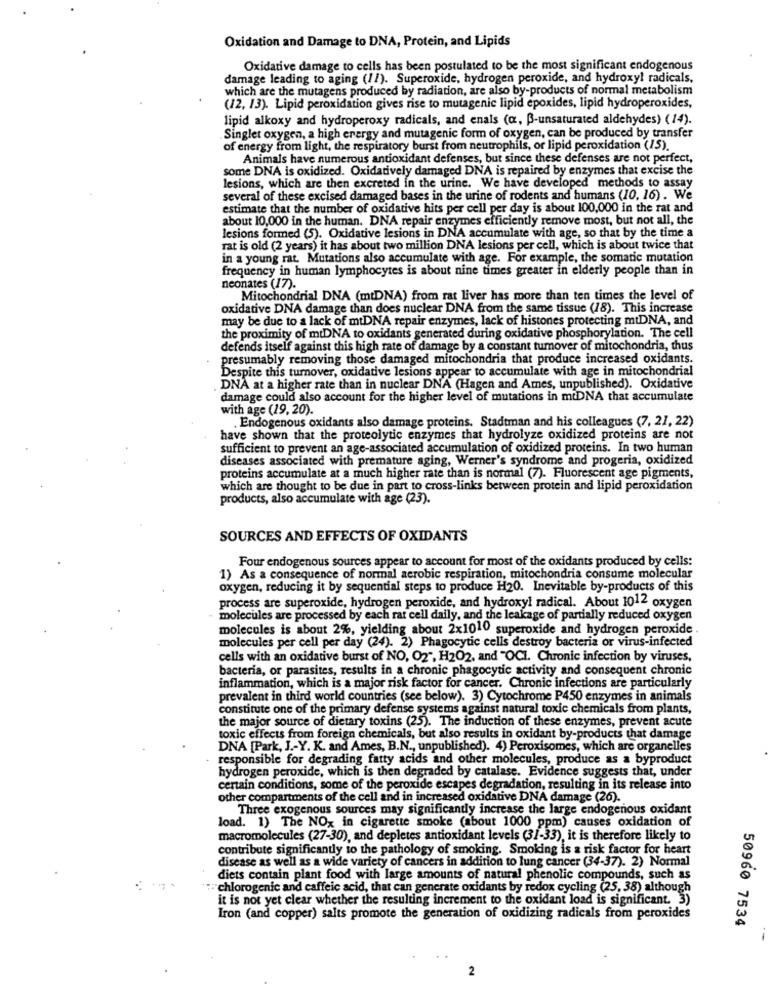
Oxidation and Damage to DNA, Protein, and Lipids
Oxidative damage to cells has been postulated to be the most significant endogenous
damage leading to aging (1/). Superoxide, hydrogen peroxide, and hydroxy! radicals,
which are the mutagens produced by radiation, are also by-products of normal metabolism
(12, 13). Lipid peroxidation gives rise to mutagenic lipid epoxides, lipid hydroperoxides,
lipid alkoxy and hydroperoxy radicals, and enals (a, B-unsaturated aldehydes) (14).
Singlet oxygen, a high energy and mutagenic form of oxygen, can be produced by transfer
of energy from light, the respiratory burst from neutrophils, or lipid peroxidation (15).
Animals have numerous antioxidant defenses, but since these defenses are not perfect,
some DNA is oxidized. Oxidatively damaged DNA is repaired by enzymes that excise the
lesions, which are then excreted in the urine. We have developed methods to assay
several of these excised damaged bases in the urine of rodents and humans (10, 16). We
estimate that the number of oxidative hits per cell per day is about 100,000 in the rat and
about 10,000 in the human. DNA repair enzymes efficiently remove most, but not all, the
lesions formed (5). Oxidative lesions in DNA accumulate with age, so that by the time a
rat is old (2 years) it has about two million DNA lesions per cell, which is about twice that
in a young rat. Mutations also accumulate with age. For example, the somatic mutation
frequency in human lymphocytes is about nine times greater in elderly people than in
neonates (17).
Mitochondrial DNA (mtDNA) from rat liver has more than ten times the level of
oxidative DNA damage than does nuclear DNA from the same tissue (18). This increase
may be due to a lack of mtDNA repair enzymes, lack of histones protecting mtDNA, and
the proximity of miDNA to oxidants generated during oxidative phosphorylation. The cell
defends itself against this high rate of damage by a constant turnover of mitochondria, thus
presumably removing those damaged mitochondria that produce increased oxidants.
Despite this turnover, oxidative lesions appear to accumulate with age in mitochondrial
DNA at a higher rate than in nuclear DNA (Hagen and Ames, unpublished). Oxidative
damage could also account for the higher level of mutations in mtDNA that accumulate
with age (19, 20).
. Endogenous oxidants also damage proteins. Stadtman and his colleagues (7, 21, 22)
have shown that the proteolytic enzymes that hydrolyze oxidized proteins are not
sufficient to prevent an age-associated accumulation of oxidized proteins. In two human
diseases associated with premature aging, Werner's syndrome and progeria, oxidized
proteins accumulate at a much higher rate than is normal (7). Fluorescent age pigments,
which are thought to be due in part to cross-links between protein and lipid peroxidation
products, also accumulate with age (23).
SOURCES AND EFFECTS OF OXIDANTS
Four endogenous sources appear to account for most of the oxidants produced by cells:
1) As a consequence of normal aerobic respiration, mitochondria consume molecular
oxygen, reducing it by sequential steps to produce H20. Inevitable by-products of this
process are superoxide, hydrogen peroxide, and hydroxyl radical. About 1012 oxygen
molecules are processed by each rat cell daily, and the leakage of partially reduced oxygen
molecules is about 2%, yielding about 2x1010 superoxide and hydrogen peroxide
molecules per cell per day (24). 2) Phagocytic cells destroy bacteria or virus-infected
cells with an oxidative burst of NO, O2", H2O2, and "OCI. Chronic infection by viruses,
bacteria, or parasites, results in a chronic phagocytic activity and consequent chronic
inflammation, which is a major risk factor for cancer. Chronic infections are particularly
prevalent in third world countries (see below). 3) Cytochrome P450 enzymes in animals
constitute one of the primary defense systems against natural toxic chemicals from plants,
the major source of dietary toxins (25). The induction of these enzymes, prevent acute
toxic effects from foreign chemicals, but also results in oxidant by-products that damage
DNA [Park, J .- Y. K. and Ames, B.N ., unpublished). 4) Peroxisomes, which are organelles
responsible for degrading fatty acids and other molecules, produce as a byproduct
hydrogen peroxide, which is then degraded by catalase. Evidence suggests that, under
certain conditions, some of the peroxide escapes degradation, resulting in its release into
other compartments of the cell and in increased oxidative DNA damage (26).
Three exogenous sources may significantly increase the large endogenous oxidant
load. 1) The NO, in cigarette smoke (about 1000 ppm) causes oxidation of
macromolecules (27-30), and depletes antioxidant levels (31-33), it is therefore likely to
contribute significantly to the pathology of smoking. Smoking is a risk factor for heart
disease as well as a wide variety of cancers in addition to lung cancer (34-37). 2) Normal
diets contain plant food with large amounts of natural phenolic compounds, such as
:"chlorogenic and caffeic acid, that can generate oxidants by redox cycling (25, 38) although
it is not yet clear whether the resulting increment to the oxidant load is significant. 3)
Iron (and copper) salts promote the generation of oxidizing radicals from peroxides
50960 7534
--
2